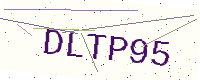
Text: DLTP95